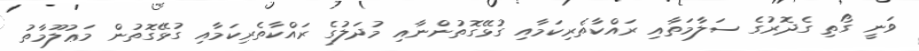
ވަނީ ގޯތި ގެދޮރުގެ ސަލާމަތާއި ރައްކާތެރިކަމާއި ގުޅޭގޮތުންނާއި މުދަލުގެ ރައްކާތެރިކަމާއި ގުޅޭގޮތުން މަޢުލޫމާތު